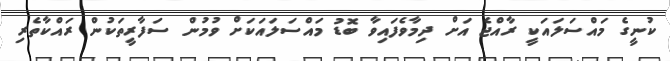
ކުނީގެ މައްސަލައަކީ ރާއްޖެ އަށް ދިމާވެފައިވާ ބޮޑު މައްސަލައަކަށް ވުމުން ސަފާރީތަކުން ރައްކާތެރި